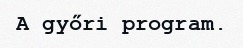
A győri program.